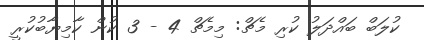
ކުލަބް ބައްދަލު ކުރި މެޗް: މިމެޗް 4 - 3 ކުން ކާމިޔާބުކުރީ